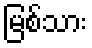
မြစ်သား